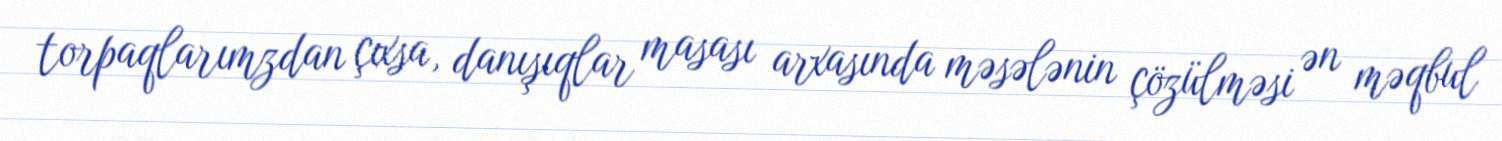
torpaqlarımzdan çıxsa, danışıqlar masası arxasında məsələnin çözülməsi ən məqbul